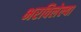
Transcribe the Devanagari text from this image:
भरविलेल्या